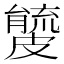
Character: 𥀧